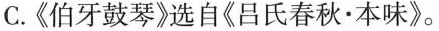
C.《伯牙鼓琴》选自《吕氏春秋·本味》。